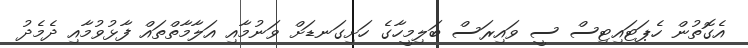
އެގޮތުން ހެޕަޓައިޓިސް ސީ ވައިރަސް ބަލިމީހާގެ ހަށިގަނޑަށް ވަނުމާއި އަލާމާތްތައް ފާޅުވުމާއި ދެމެދު